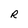
Character: R